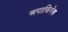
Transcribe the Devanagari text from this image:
अपाफिगेय